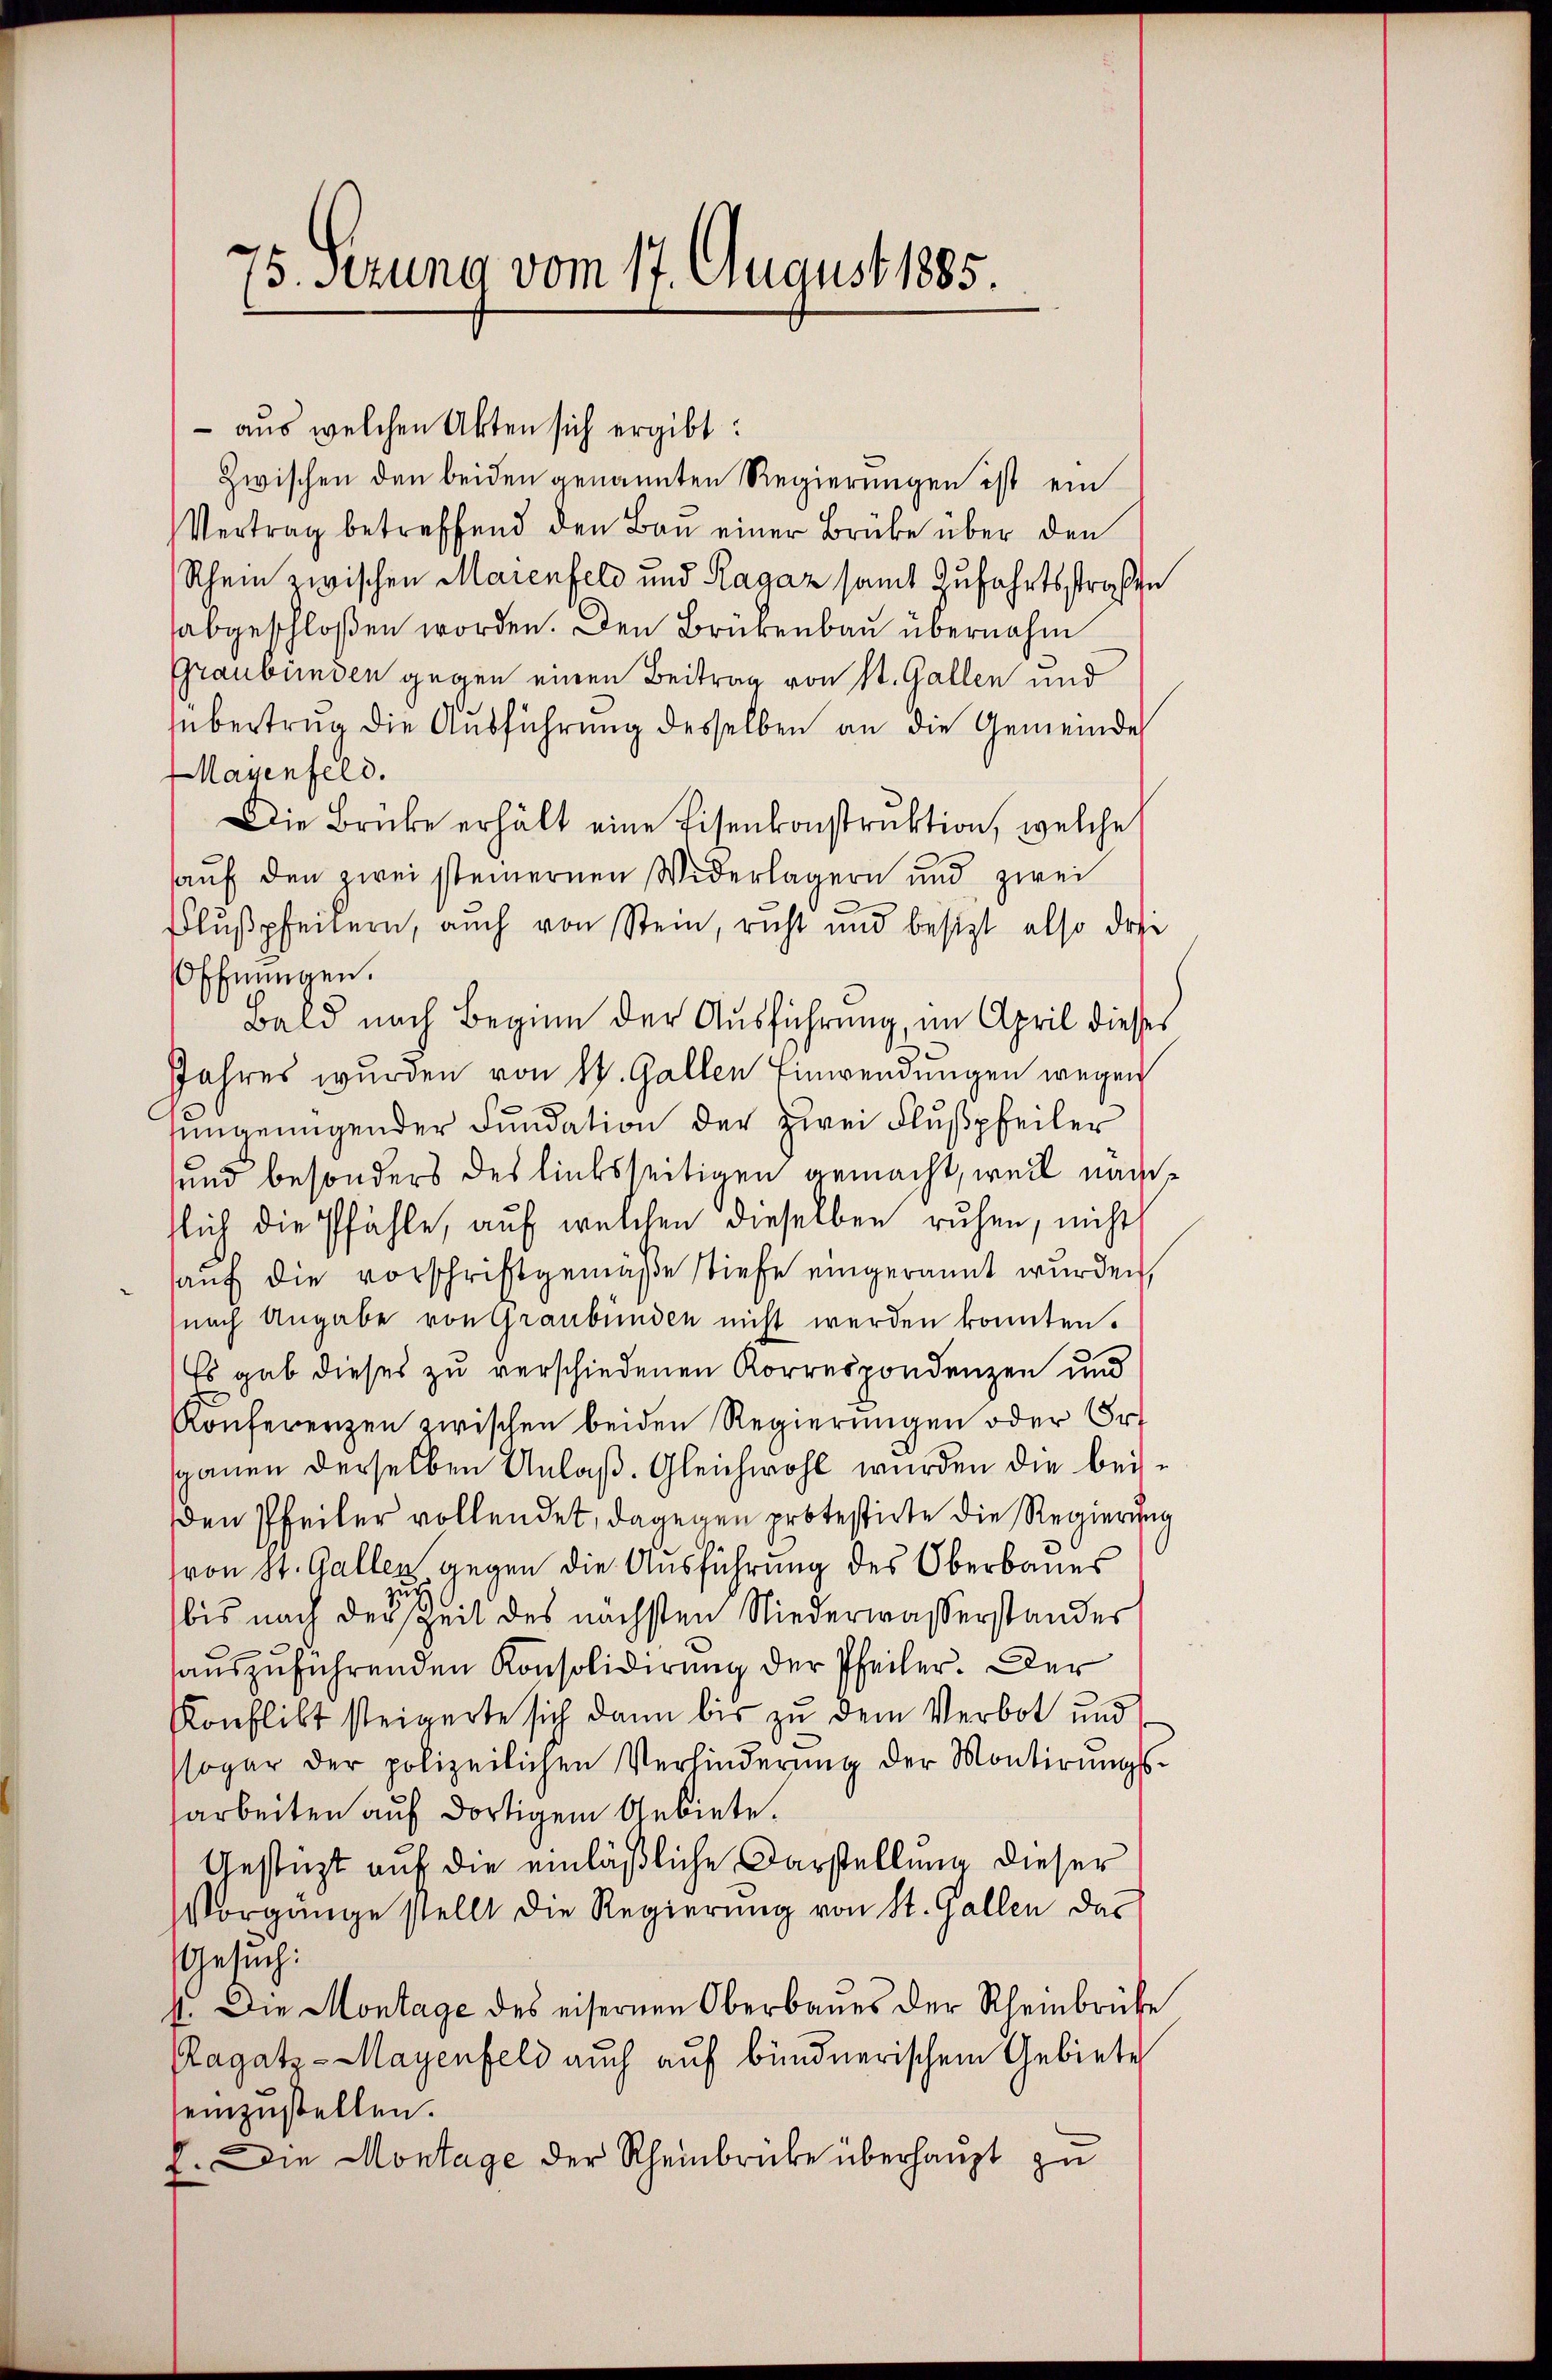
75. Setzung vom 17. August 1885

- aus welchen Akten sich ergibt:
Zwischen den beiden genannten Regierungen ist ein
Vertrag betreffend den Bau einer Brüke über den
Rhein zwischen Maienfeld und Ragaz samt Zufahrtsstraße
abgeschloßen worden. Den Brükenbau übernahm
Graubünden gegen einen Beitrag von St. Gallen und
übertrag die Ausführung desselben an die Gemeinde
Mayenfeld.
Die Brücke erhält eine Eisenkonstruktion, welche
aŭf den zwei steinernen Widerlagern und zwei
Flußpfeitern, auch von Stein, richt und besitzt also dri
Öffnungen.
Bald nach Beginn der Ausführung, im April dieses
Jahres wurden von St. Gallen Einwendungen wegen
sungenügender Fundation der zwei Flußpfeiler
sund besonders des liebsseitigen gemacht, weil nächtlich die Pfähle, auf welchen dieselben ruhen, nicht
auf die vorschriftgemäße Stiefe eingerannt wurden,
nach Angabe von Graubünden nicht werden konnten.
Es gab dieses zu verschiedenen Korrespondenzen und
Konferenzen zwischen beiden Regierungen oder Erspänen derselben Anlaß. Gleichwohl wurden die beiden Pfeiler vollendet, dagegen protestirte die Regierung
ron St. Gallen gegen die Ausführung des Oberbaues
bis nach des heit des nächsten Niederwaßerstandes
auszuführenden Konsolidirung der Pfeiler. Der
Konflikt steigerte sich dann bis zu dem Verbot und
sogar der polizeilichen Verhinderung der Montirŭngs
arbeiten auf dortigem Gebiete.
Gestüzt auf die einläßliche Darstellung dieser
Vorgänge stellt die Regierung von St. Gallen das
Gesuch:
11. Die Montage des eisernen Oberbaues der Rheinbrüche
Ragatz-Mayenfeld auch auf bündnerischem Gebiete
einzustellen.
E. Die Montage der Rheinbrücke überhaupt zu